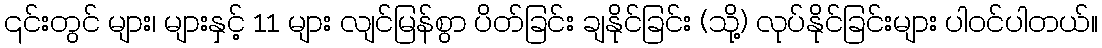
၎င်းတွင် များ၊ များနှင့် 11 များ လျင်မြန်စွာ ပိတ်ခြင်း ချနိုင်ခြင်း (သို့) လုပ်နိုင်ခြင်းများ ပါဝင်ပါတယ်။